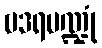
ဗဒရပဏ္ဍုံ